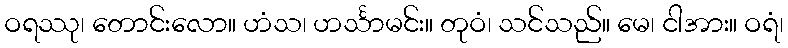
ဝရဿု၊ တောင်းလော။ ဟံသ၊ ဟင်္သာမင်း။ တုဝံ၊ သင်သည်။ မေ၊ ငါအား။ ဝရံ၊